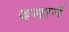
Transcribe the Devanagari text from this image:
दमानं